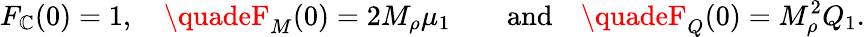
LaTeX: F_{\mathbb{C}}(0)=1,\quad\quadeF_{M}(0)=2M_{\rho}\mu_{1}\quad\quad\mathrm{{and}}\quad\quadeF_{Q}(0)=M_{\rho}^{2}Q_{1}.